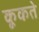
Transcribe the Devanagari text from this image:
कूकते